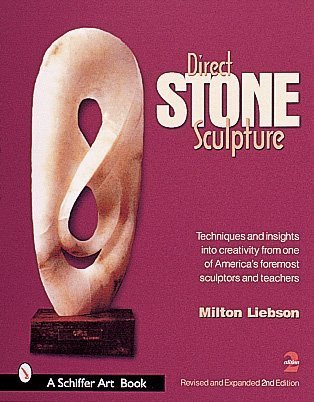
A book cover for Direct Stone Sculpture: A Guide to Technique and Creativity (Schiffer Art Book); Milt Liebson; Crafts, Hobbies & Home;